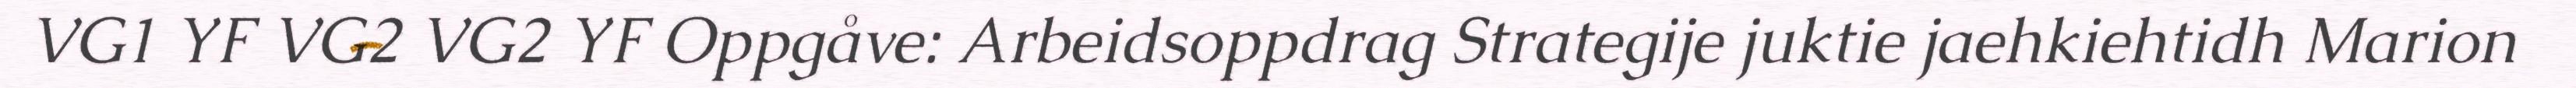
VG1 YF VG2 VG2 YF Oppgåve: Arbeidsoppdrag Strategije juktie jaehkiehtidh Marion